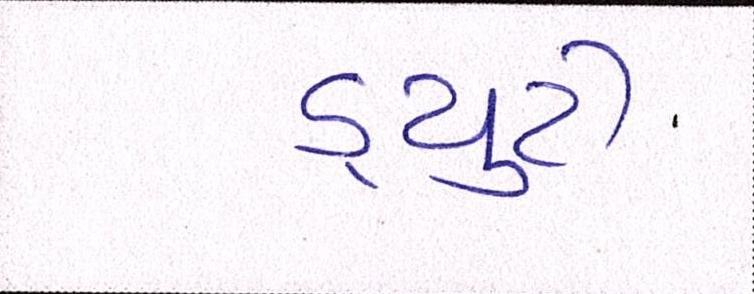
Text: ડ્યુટી